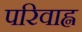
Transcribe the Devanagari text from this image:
परिवाह्न